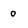
Character: o